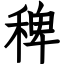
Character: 稗